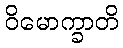
ဝိမောက္ခာတိ